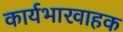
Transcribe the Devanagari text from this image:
कार्यभारवाहक